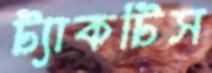
ট্যাকটিস